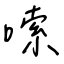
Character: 嗦